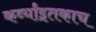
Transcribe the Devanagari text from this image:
कर्व्यांइतकाच